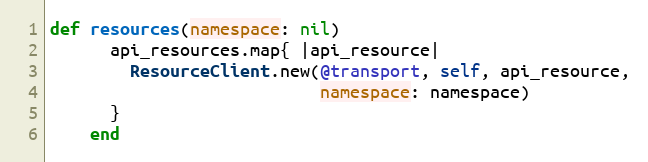
Language: Ruby
def resources(namespace: nil)
      api_resources.map{ |api_resource|
        ResourceClient.new(@transport, self, api_resource,
                           namespace: namespace)
      }
    end